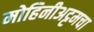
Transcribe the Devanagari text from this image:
मोहिनीअट्टमचा